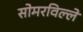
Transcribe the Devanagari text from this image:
सोमरविल्ले